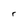
Character: r